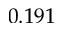
0 . 1 9 1